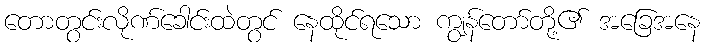
တောတွင်းလိုဏ်ခေါင်းထဲတွင် နေထိုင်ရသော ကျွန်တော်တို့၏ အခြေအနေ